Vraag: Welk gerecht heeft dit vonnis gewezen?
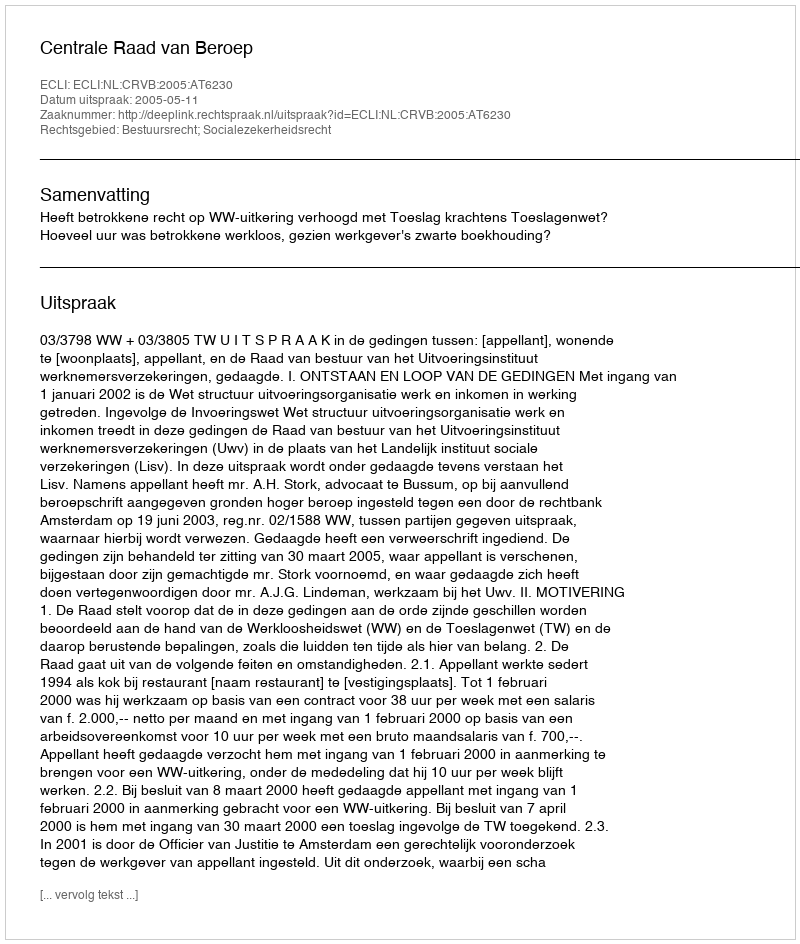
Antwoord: Centrale Raad van Beroep